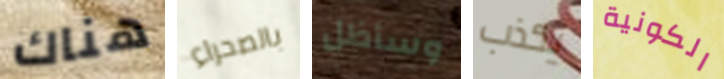
هناك بالصحراء وسأظل يكذب الكونية